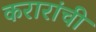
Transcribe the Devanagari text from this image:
करारांची